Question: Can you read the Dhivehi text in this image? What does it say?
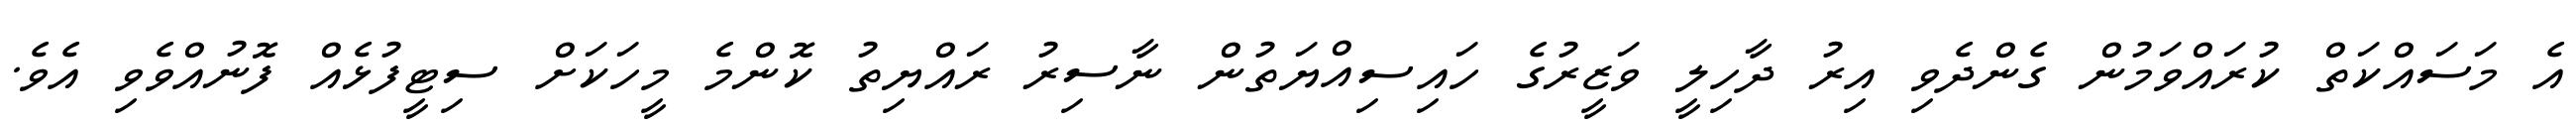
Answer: އެ މަސައްކަތް ކުރައްވަމުން ގެންދެވި އިރު ދާހިލީ ވަޒީރުގެ ހައިސިއްޔަތުން ނާސިރު ރައްޔިތު ކޮންމެ މީހަކަށް ސިޓީފުޅެއް ފޮނުއްވެވި އެވެ.